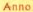
Anno